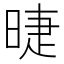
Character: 㫸